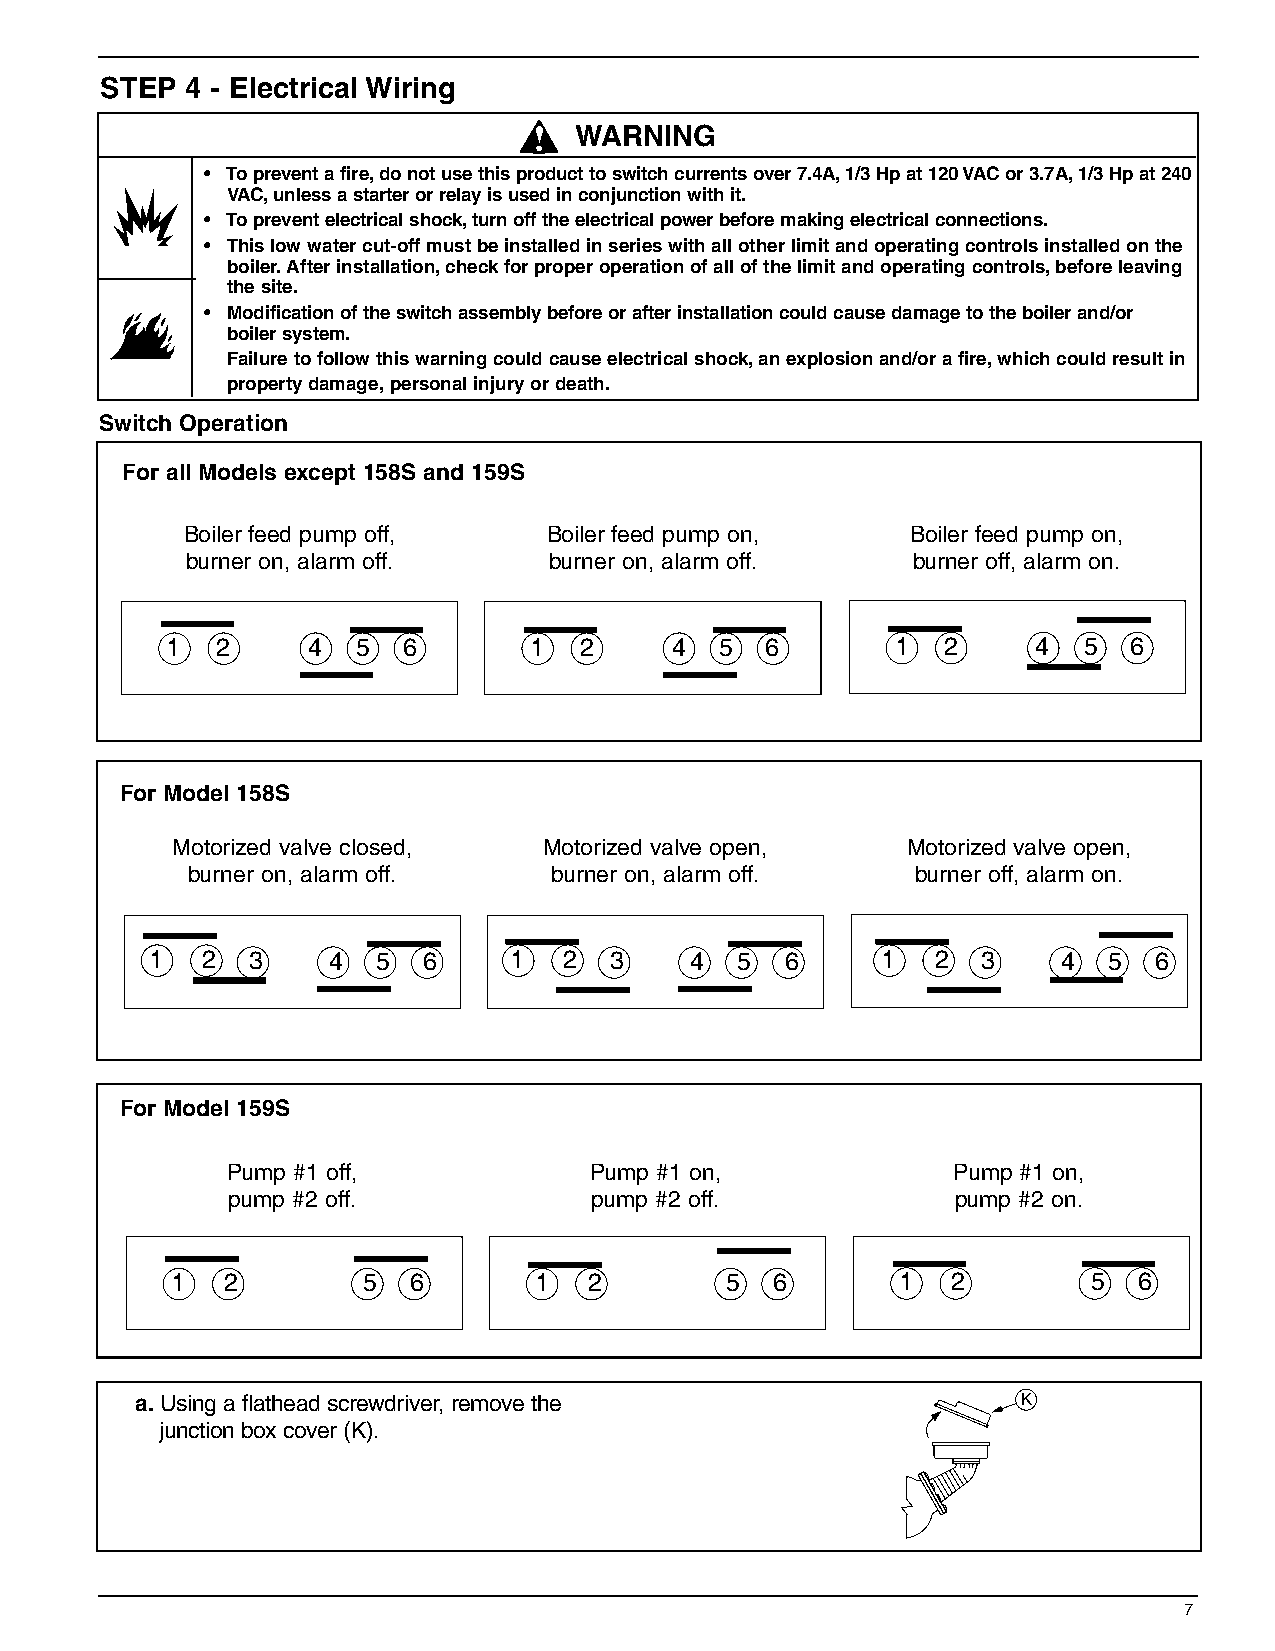
STEP 4 - Electrical Wiring
 !  WARNING
 • To prevent a fire,do not use this product to switch currents over 7.4A,1/3 Hp at 120 VAC or 3.7A,1/3 Hp at 240
 VAC,unless a starter or relay is used in conjunction with it.
 • To prevent electrical shock,turn off the electrical power before making electrical connections.
 • This low water cut-off must be installed in series with all other limit and operating controls installed on the
 boiler.After installation,check for proper operation of all of the limit and operating controls,before leaving
 the site.
 • Modification of the switch assembly before or after installation could cause damage to the boiler and/or
 boiler system.
 Failure to follow this warning could cause electrical shock,an explosion and/or a fire,which could result in
 property damage,personal injury or death.
 Switch Operation
 For all Models except 158S and 159S
 Boiler feed pump off,   Boiler feed pump on,    Boiler feed pump on,
 burner on, alarm off.   burner on, alarm off.   burner off, alarm on.
 1  2     4   5  6       1  2     4   5  6       1  2      4  5  6
 For Model 158S
 Motorized valve closed,  Motorized valve open,   Motorized valve open,
 burner on, alarm off.   burner on, alarm off.    burner off, alarm on.
 1  2  3     4  5  6     1  2  3     4  5  6     1   2  3    4  5  6
 For Model 159S
 Pump #1 off,            Pump #1 on,             Pump #1 on,
 pump #2 off.            pump #2 off.            pump #2 on.
 1   2        5  6       1   2        5  6        1  2        5  6
 a.Using a flathead screwdriver, remove the                 K
 junction box cover (K).
 7